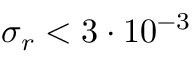
\sigma _ { r } < 3 \cdot 1 0 ^ { - 3 }